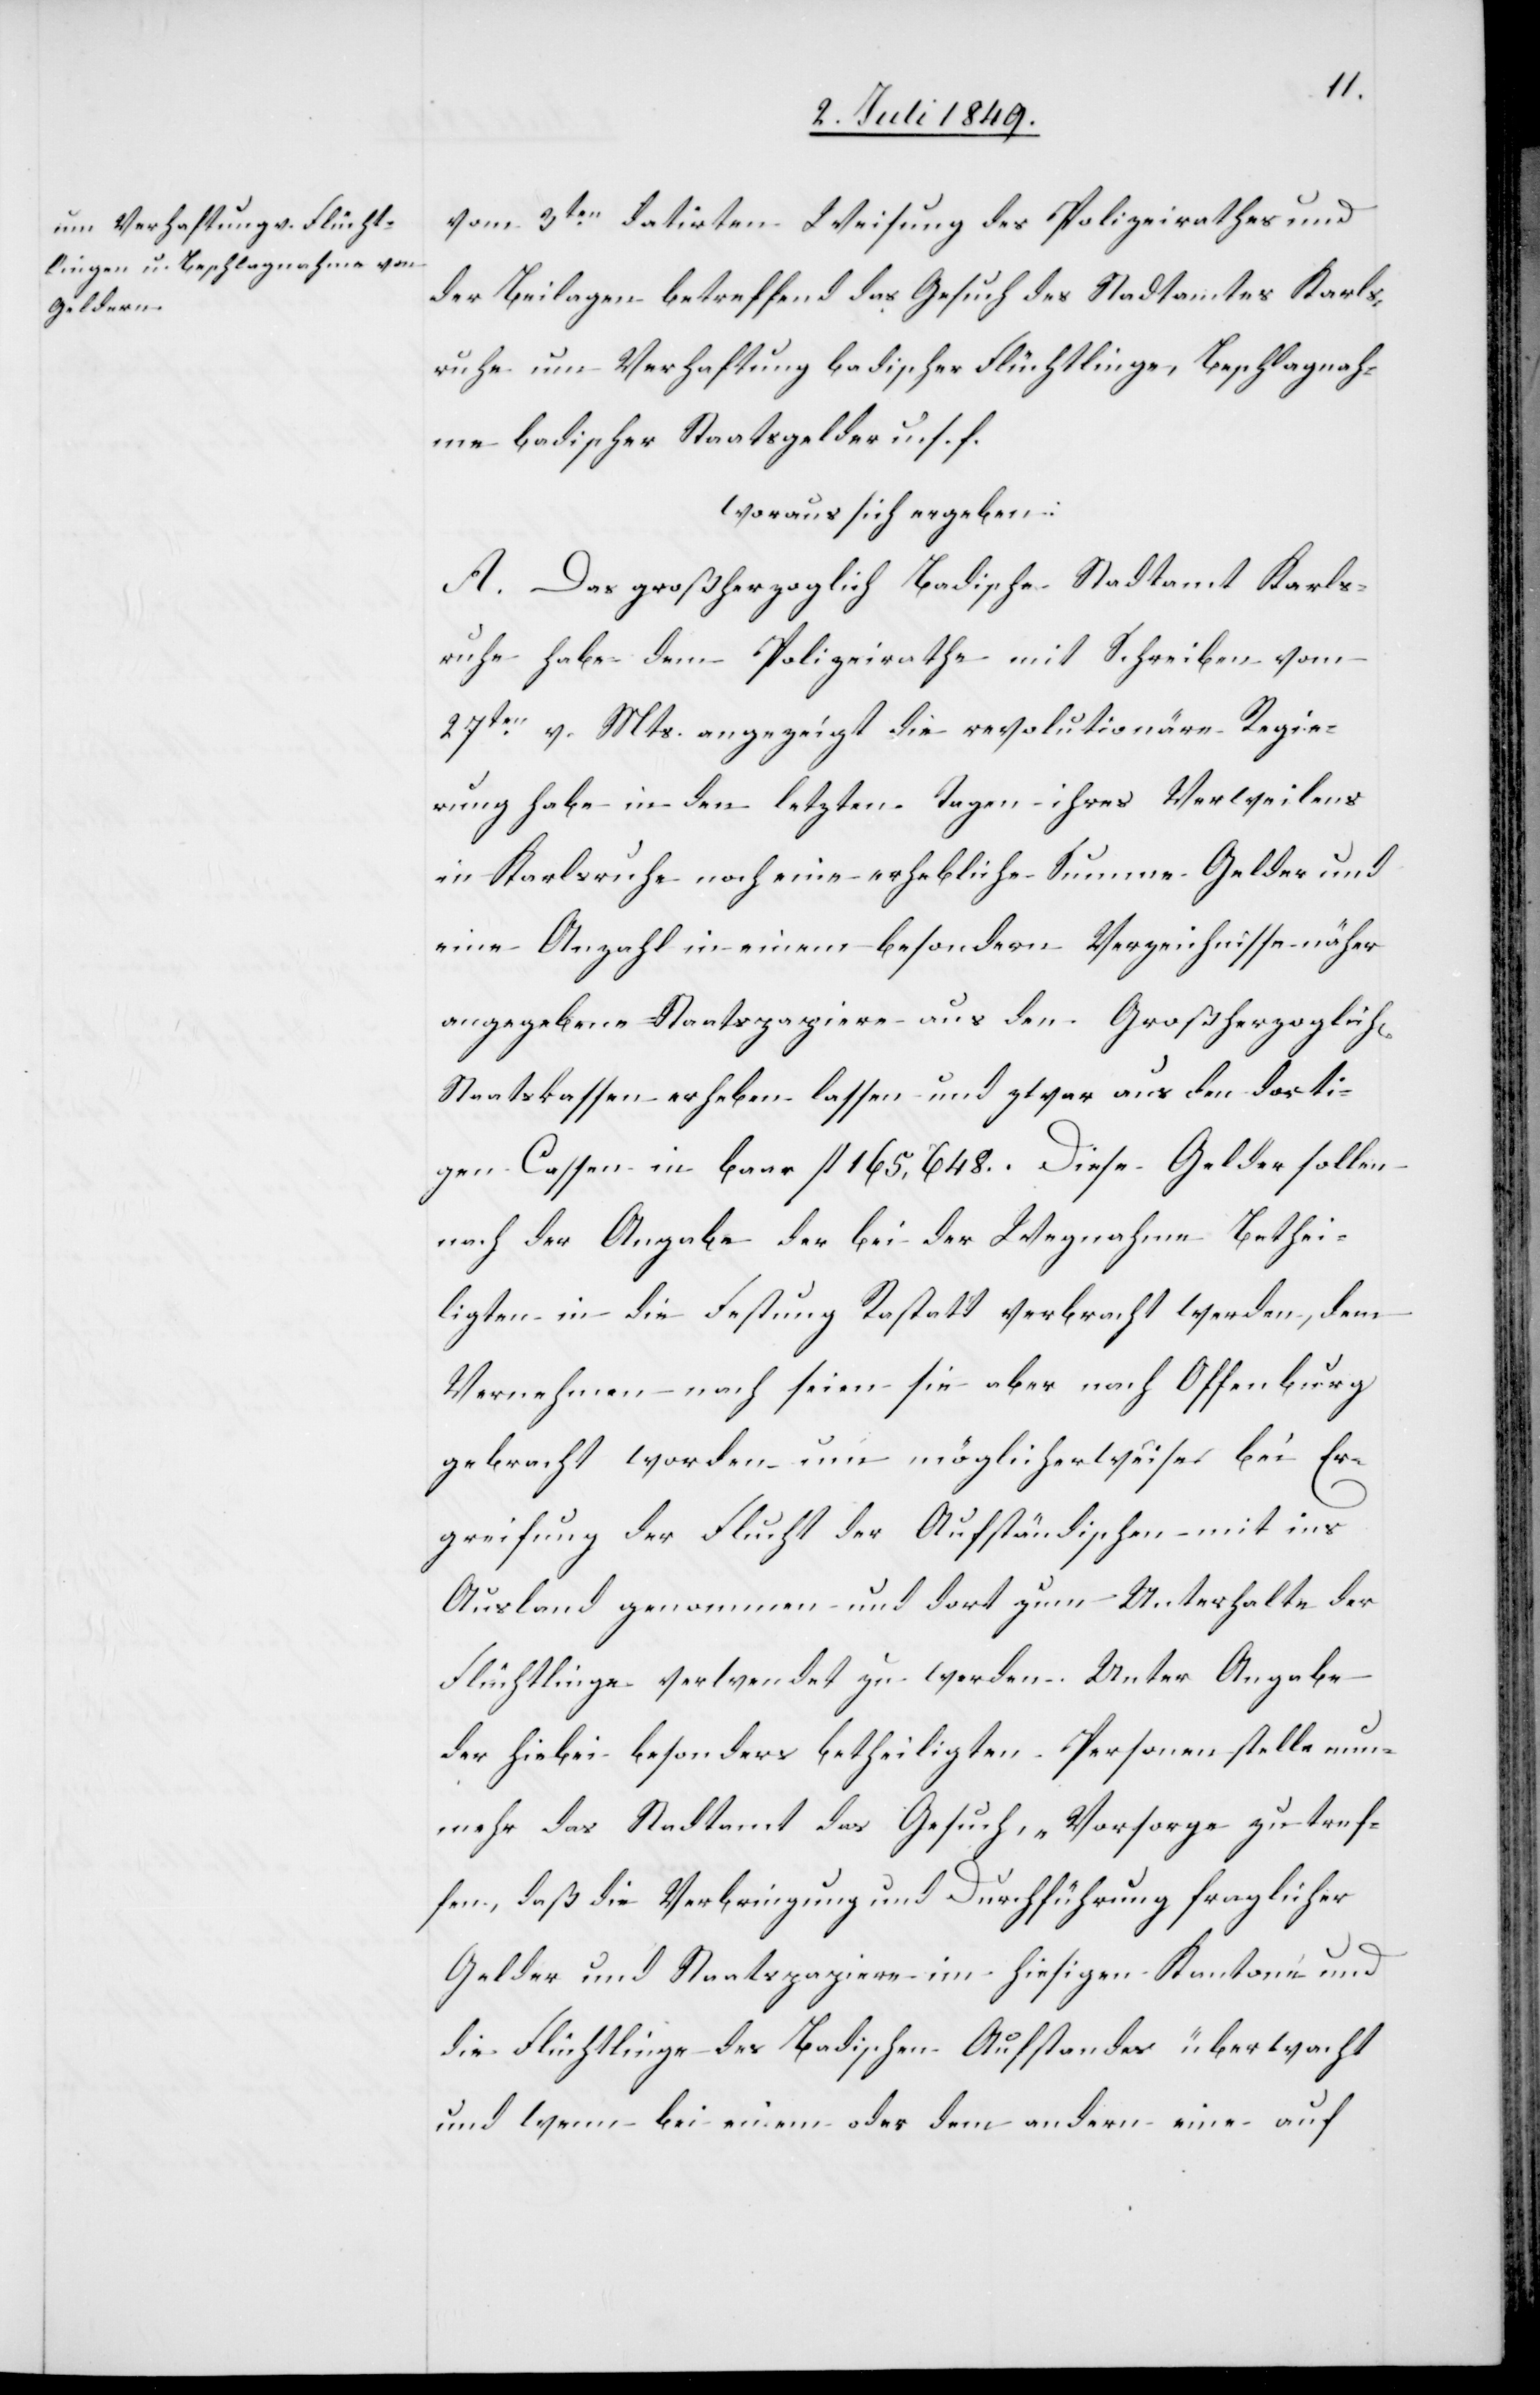
vom 3ten datirten Weisung des Polizeirathes und
der Beilagen betreffend das Gesuch des Stadtamtes Karls¬
ruhe um Verhaftung badischer Flüchtlinge, Beschlagnah¬
me badischer Staatsgelder u. s. f.
woraus sich ergeben:
A. Das großherzoglich Badische Stadtamt Karls¬
ruhe habe dem Polizeirathe mit Schreiben vom
27ten v. Mts. angezeigt die revolutionäre Regie¬
rung habe in den letzten Tagen ihres Verweilens
in Karlsruhe noch eine erhebliche Summe Gelder und
eine Anzahl in einem besondern Verzeichnisse näher
angegebene Staatspapiere aus den Großherzoglich[en]
Staatskassen erheben lassen und zwar aus den dorti¬
gen Cassen in baar fl. 165,648. Diese Gelder sollen
nach der Angabe der bei der Wegnahme Bethei¬
ligten in die Festung Rastatt verbracht werden, dem
Vernehmen nach seien sie aber nach Offenburg
gebracht worden um möglicherweise bei Er¬
greifung der Flucht der Aufständischen mit ins
Ausland genommen und dort zum Unterhalte der
Flüchtlinge verwendet zu werden. Unter Angabe
der hiebei besonders betheiligten Personen stelle nun¬
mehr das Stadtamt das Gesuch, „Vorsorge zu tref¬
fen, daß die Verbringung und Durchführung fraglicher
Gelder und Staatspapiere im hiesigen Kantone und
die Flüchtlinge des Badischen Aufstandes überwacht
und wenn bei einem oder dem andern eine auf